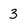
Character: 3